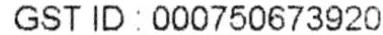
GST ID : 000750673920